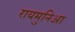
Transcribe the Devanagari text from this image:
रायमुनिआ